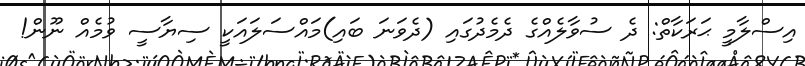
އިސްލާމީ ޙަރަކާތް: ދެ ސުވާލެއްގެ ދެމެދުގައި (ދެވަނަ ބައި)މައްސަލައަކީ ސިޔާސީ ވުމެއް ނޫން!